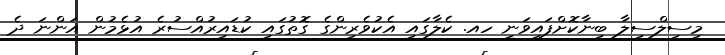
މިސިލްސިލާ ބިނާކޮށްފައިވަނީ ހއ. ކެލާގައި އެކުވެރިންގެ ގޮތުގައި ކުޑައިރުއްސުރެ އުޅެމުން އަންނަ ދެ